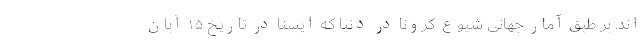
اند. بر طبق آمار جهانی شیوع کرونا در دنیا که ایسنا در تاریخ ۱۵ آبان